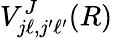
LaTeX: V_{j\ell,j^{\prime}\ell^{\prime}}^{J}(R)